Report of the Indian Hemp Drugs Commission, 1894-1895 - Volume V
Year: 1894
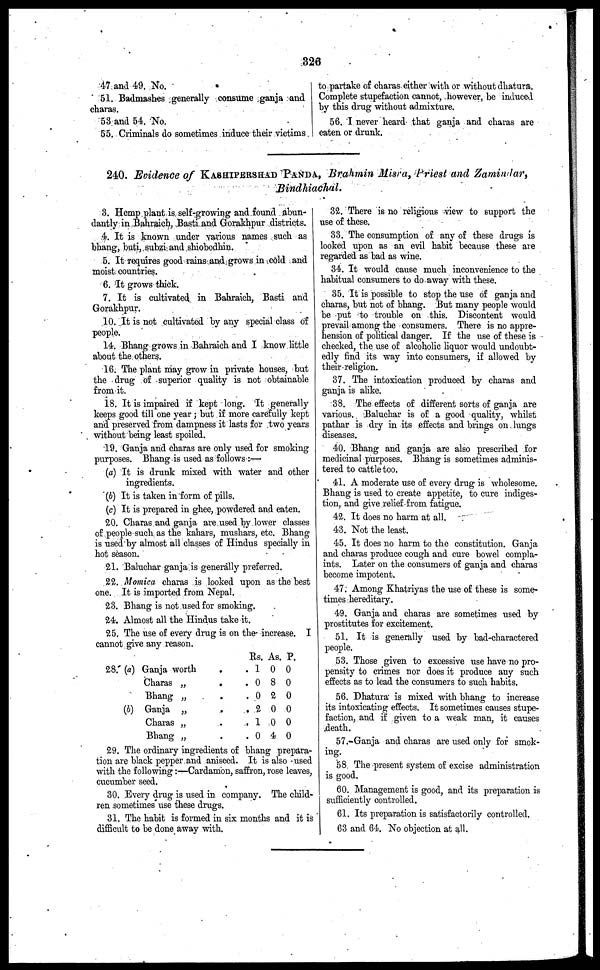
326
47 and 49. No.
51. Badmashes generally consume ganja and
charas.
53 and 54. No.
55. Criminals do sometimes induce their victims
to partake of charas either with or without dhatura.
Complete stupefaction cannot, however, be induced
by this drug without admixture.
56. I never heard that ganja and charas are
eaten or drunk.
240. Evidence of KASHIPERSHAD PANDA, Brahmin Misra, Priest and Zamindar,
Bindhiachal.
3. Hemp plant is self-growing and found abun-
dantly in Bahraich, Basti and Gorakhpur districts.
4. It is known under various names such as
bhang, buti, subzi and shiobodhin.
5. It requires good rains and grows in cold and
moist countries.
6. It grows thick.
7. It is cultivated in Bahraich, Basti and
Gorakhpur.
10. It is not cultivated by any special class of
people.
14. Bhang grows in Bahraich and I know little
about the others.
16. The plant may grow in private houses, but
the drug of superior quality is not obtainable
from it.
18. It is impaired if kept long. It generally
keeps good till one year; but if more carefully kept
and preserved from dampness it lasts for two years
without being least spoiled.
19. Ganja and charas are only used for smoking
purposes. Bhang is used as follows:—
(a) It is drunk mixed with water and other
ingredients.
(b) It is taken in form of pills.
(c) It is prepared in ghee, powdered and eaten.
20. Charas and ganja are used by lower classes
of people such as the kahars, mushars, etc. Bhang
is used by almost all classes of Hindus specially in
hot season.
21. Baluchar ganja is generally preferred.
22. Momica charas is looked upon as the best
one. It is imported from Nepal.
23. Bhang is not used for smoking.
24. Almost all the Hindus take it.
25. The use of every drug is on the increase. I
cannot give any reason.
28. (a) Ganja worth
. .
Charas „ . .
Bhang „ . .
(b) Ganja „
.
.
Charas „
.
.
Bhang „ . .
Rs.
1
0
0
2
1
0
As.
0
8
2
0
0
4
P.
0
0
0
0
0
0
29. The ordinary ingredients of bhang prepara-
tion are black pepper and aniseed. It is also used
with the following:—Cardamon, saffron, rose leaves,
cucumber seed.
30. Every drug is used in company. The child-
ren sometimes use these drugs.
31. The habit is formed in six months and it is
difficult to be done away with.
32. There is no religious view to support the
use of these.
33. The consumption of any of these drugs is
looked upon as an evil habit because these are
regarded as bad as wine.
34. It would cause much inconvenience to the
habitual consumers to do away with these.
35. It is possible to stop the use of ganja and
charas, but not of bhang. But many people would
be put to trouble on this. Discontent would
prevail among the consumers. There is no appre-
hension of political danger. If the use of these is
checked, the use of alcoholic liquor would undoubt-
edly find its way into consumers, if allowed by
their religion.
37. The intoxication produced by charas and
ganja is alike.
38. The effects of different sorts of ganja are
various. Baluchar is of a good quality, whilst
pathar is dry in its effects and brings on lungs
diseases.
40. Bhang and ganja are also prescribed for
medicinal purposes. Bhang is sometimes adminis-
tered to cattle too.
41. A moderate use of every drug is wholesome.
Bhang is used to create appetite, to cure indiges-
tion, and give relief from fatigue.
42. It does no harm at all.
43. Not the least.
45. It does no harm to the constitution. Ganja
and charas produce cough and cure bowel compla-
ints. Later on the consumers of ganja and charas
become impotent.
47. Among Khatriyas the use of these is some-
times hereditary.
49. Ganja and charas are sometimes used by
prostitutes for excitement.
51. It is generally used by bad-charactered
people.
53. Those given to excessive use have no pro-
pensity to crimes nor does it produce any such
effects as to lead the consumers to such habits.
56. Dhatura is mixed with bhang to increase
its intoxicating effects. It sometimes causes stupe-
faction, and if given to a weak man, it causes
death.
57. Ganja and charas are used only for smok-
ing.
58 The present system of excise administration
is good.
60. Management is good, and its preparation is
sufficiently controlled.
61. Its preparation is satisfactorily controlled.
63 and 64. No objection at all.